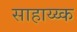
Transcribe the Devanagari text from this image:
साहाय्य्क